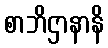
စာဘိဌာနာနိ